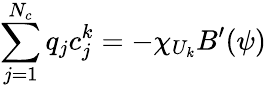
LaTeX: \sum_{j=1}^{N_{c}}q_{j}c_{j}^{k}=-\chi_{U_{k}}B^{\prime}(\psi)